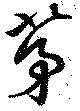
茅